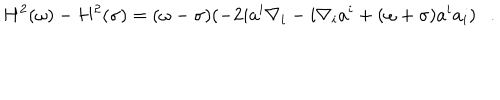
H ^ { 2 } ( \omega ) - H ^ { 2 } ( \sigma ) = ( \omega - \sigma ) ( - 2 i a ^ { i } \nabla _ { i } - i \nabla _ { i } a ^ { i } + ( \omega + \sigma ) a ^ { i } a _ { i } ) .